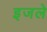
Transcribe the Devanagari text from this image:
इजले